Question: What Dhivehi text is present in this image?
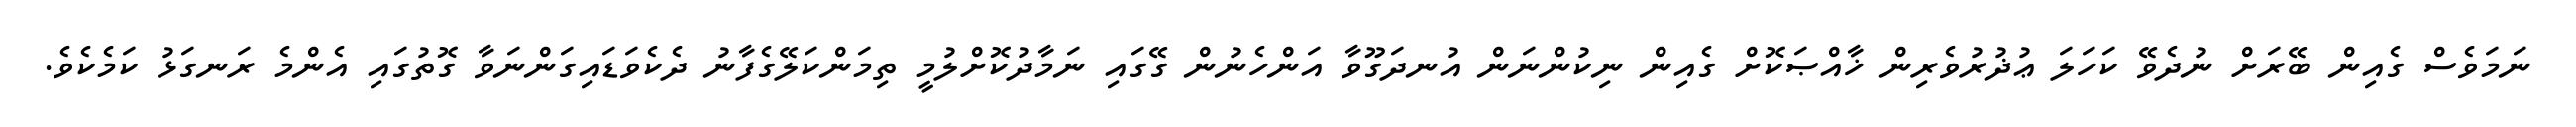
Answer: ނަމަވެސް ގެއިން ބޭރަށް ނުދެވޭ ކަހަލަ ޢުޛުރުވެރިން ޚާއްޞަކޮށް ގެއިން ނިކުންނަން އުނދަގޫވާ އަންހެނުން ގޭގައި ނަމާދުކޮށްލުމީ ތިމަންކަލޭގެފާނު ދެކެވަޑައިގަންނަވާ ގޮތުގައި އެންމެ ރަނގަޅު ކަމެކެވެ.